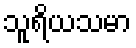
သူရိယသမာ